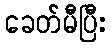
ခေတ်မီပြီး